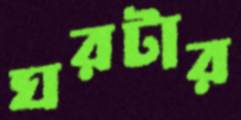
ঘরটার